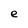
Character: e